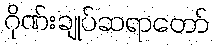
ဂိုဏ်းချုပ်ဆရာတော်